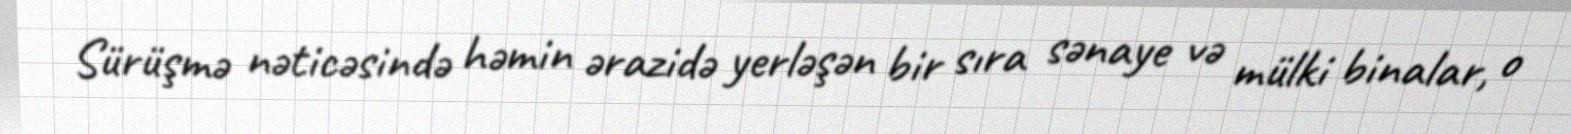
Sürüşmə nəticəsində həmin ərazidə yerləşən bir sıra sənaye və mülki binalar, o